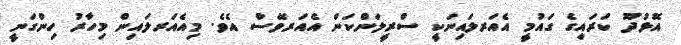
އޮޅުދޫ ކަރައިގެ ގައުމީ އެއަރލައިނަކީ ސްރީލަންކަން އެއަރވޭސް އެވެ. މިއެއަރލައިން މިހާރު ހިންގަނީ